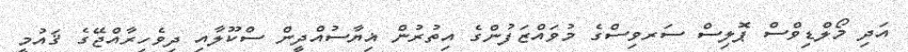
އަދި މޯލްޑިވްސް ޕޮލިސް ސަރވިސްގެ މުވައްޒަފުންގެ އިތުރުން ޣިޔާސުއްދީން ސްކޫލާއި ދިވެހިރާއްޖޭގެ ޤައުމީ